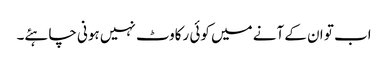
اب تو ان کے آنے میں کوئی رکاوٹ نہیں ہونی چاہئے۔